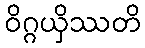
ဝိဂ္ဂယှိဿတိ